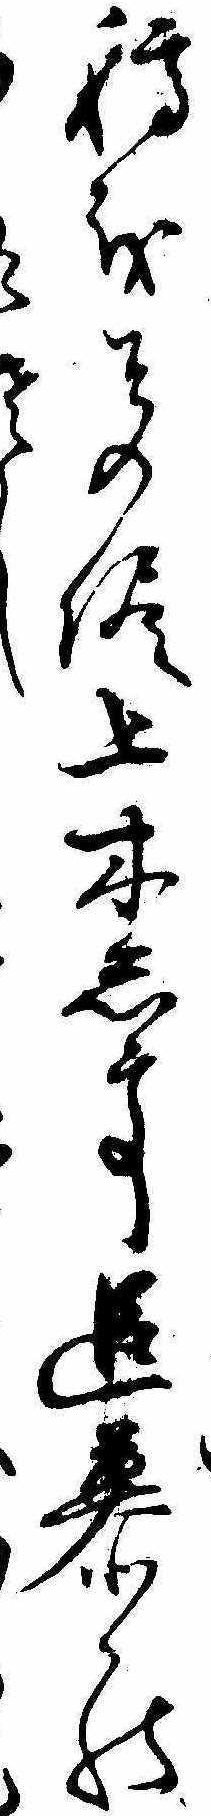
稿をその侭上木して追慕のし